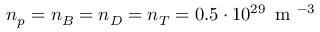
n _ { p } = n _ { B } = n _ { D } = n _ { T } = 0 . 5 \cdot 1 0 ^ { 2 9 } \, \mathrm { ~ m ~ } ^ { - 3 }